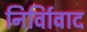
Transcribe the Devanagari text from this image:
निर्विावाद